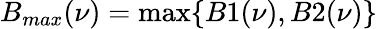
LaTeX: B_{max}(\nu)=\operatorname*{max}\{ B1(\nu),B2(\nu)\}